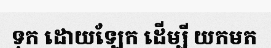
ទុក ដោយឡែក ដើម្បី យកមក